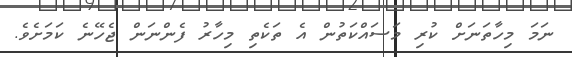
ނަމަ މިހާތަނަށް ކުރި މަސައްކަތުން އެ ތަކެތި މިހާރު ފެންނަން ޖެހޭނެ ކަމަށެވެ.